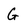
Character: G